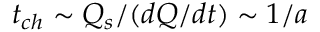
t _ { c h } \sim Q _ { s } / ( d Q / d t ) \sim 1 / a